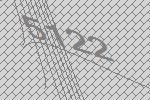
5122